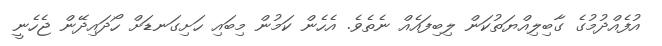
އުފެއްދުމުގެ ގާބިލިއްޔަތުކަން ލިބިފައެއް ނެތެވެ. އެހެން ކަމުން މިބައި ހަށިގަނޑަށް ހޯދައިދޭން ޖެހެނީ